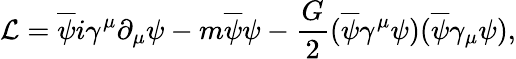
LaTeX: {\cal L}=\overline{{{\psi}}}i\gamma^{\mu}\partial_{\mu}\psi-m\overline{{{\psi}}}\psi-\frac{G}{2}(\overline{{{\psi}}}\gamma^{\mu}\psi)(\overline{{{\psi}}}\gamma_{\mu}\psi),